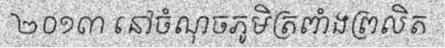
២០១៣ នៅចំណុចភូមិត្រពាំងព្រលិត